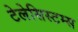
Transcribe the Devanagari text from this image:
टेलेसिस्टम्स